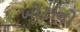
ખોટાનો